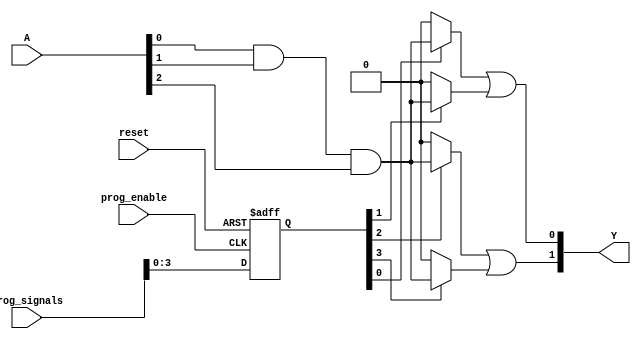
module FlashProgrammablePAL (
    input wire [N-1:0] A,        // Input signals (e.g., A, B, C, ...)
    input wire [M-1:0] prog_signals, // Programming signals for configuring AND array
    input wire prog_enable,       // Programming enable signal
    input wire reset,             // Reset signal to clear the configuration
    output wire [P-1:0] Y         // Output signals
);

parameter N = 3;                // Number of inputs (e.g., A, B, C)
parameter M = 8;                // Number of AND gates (programmable connections)
parameter P = 2;                // Number of outputs

// Internal signals
reg [M-1:0] and_config;         // Configuration for AND gates
wire [M-1:0] and_out;           // Outputs from AND gates
wire [P-1:0] or_out;            // Outputs from OR array

// AND array - programmable
genvar i;
generate
    for (i = 0; i < M; i = i + 1) begin: and_array
        assign and_out[i] = (and_config[i] == 1'b1) ? (A[0] & A[1] & A[2]) : 1'b0; // Example logic
    end
endgenerate

// OR array - fixed
assign or_out[0] = and_out[0] | and_out[1]; // Example fixed OR logic
assign or_out[1] = and_out[2] | and_out[3]; // Example fixed OR logic

// Output assignment
assign Y = or_out;

// Programming logic
always @(posedge prog_enable or posedge reset) begin
    if (reset) begin
        and_config <= 0; // Clear configuration on reset
    end else begin
        // Program the AND array based on prog_signals
        // This is a basic example and should be adapted for actual programming logic
        and_config <= prog_signals; 
    end
end

endmodule